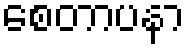
စေတာပနာ